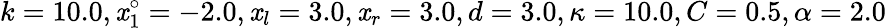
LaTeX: k=10.0,\mathit{x}_{1}^{\circ}=-2.0,\mathit{x}_{l}=3.0,\mathit{x}_{r}=3.0,d=3.0,\kappa=10.0,C=0.5,\alpha=2.0